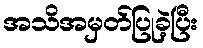
အသိအမှတ်ပြုခဲ့ပြီး